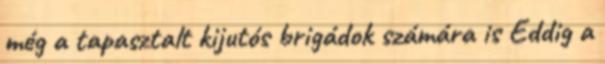
még a tapasztalt kijutós brigádok számára is Eddig a